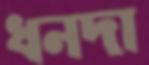
ধনদা